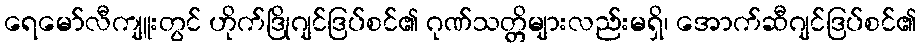
ရေမော်လီကျူးတွင် ဟိုက်ဒြိုဂျင်ဒြပ်စင်၏ ဂုဏ်သတ္တိများလည်းမရှိ၊ အောက်ဆီဂျင်ဒြပ်စင်၏